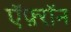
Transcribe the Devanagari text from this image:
ऍफ़्रॉन